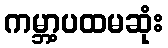
ကမ္ဘာ့ပထမဆုံး